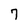
Character: 7